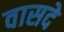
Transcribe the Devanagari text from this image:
वासदे